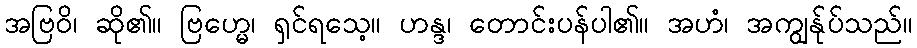
အဗြဝိ၊ ဆို၏။ ဗြဟ္မေ၊ ရှင်ရသေ့။ ဟန္ဒ၊ တောင်းပန်ပါ၏။ အဟံ၊ အကျွန်ုပ်သည်။